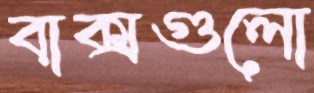
বাক্সগুলো